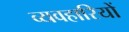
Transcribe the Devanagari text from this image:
व्यवहारियों